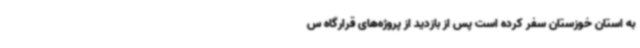
به استان خوزستان سفر کرده است پس از بازدید از پروژه‌های قرارگاه س